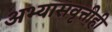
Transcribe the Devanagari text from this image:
अभ्यासवृत्तीही